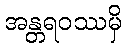
အန္တရဝဿမှိ